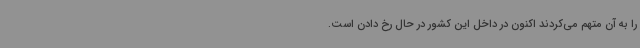
را به آن متهم می‌کردند اکنون در داخل این کشور در حال رخ دادن است.